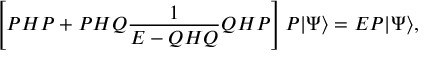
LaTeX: \left[ P H P + P H Q \frac { 1 } { E - Q H Q } Q H P \right] P | \Psi \rangle = E P | \Psi \rangle ,